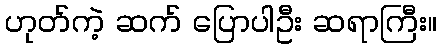
ဟုတ်ကဲ့ ဆက် ပြောပါဦး ဆရာကြီး။